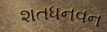
શતધનવન